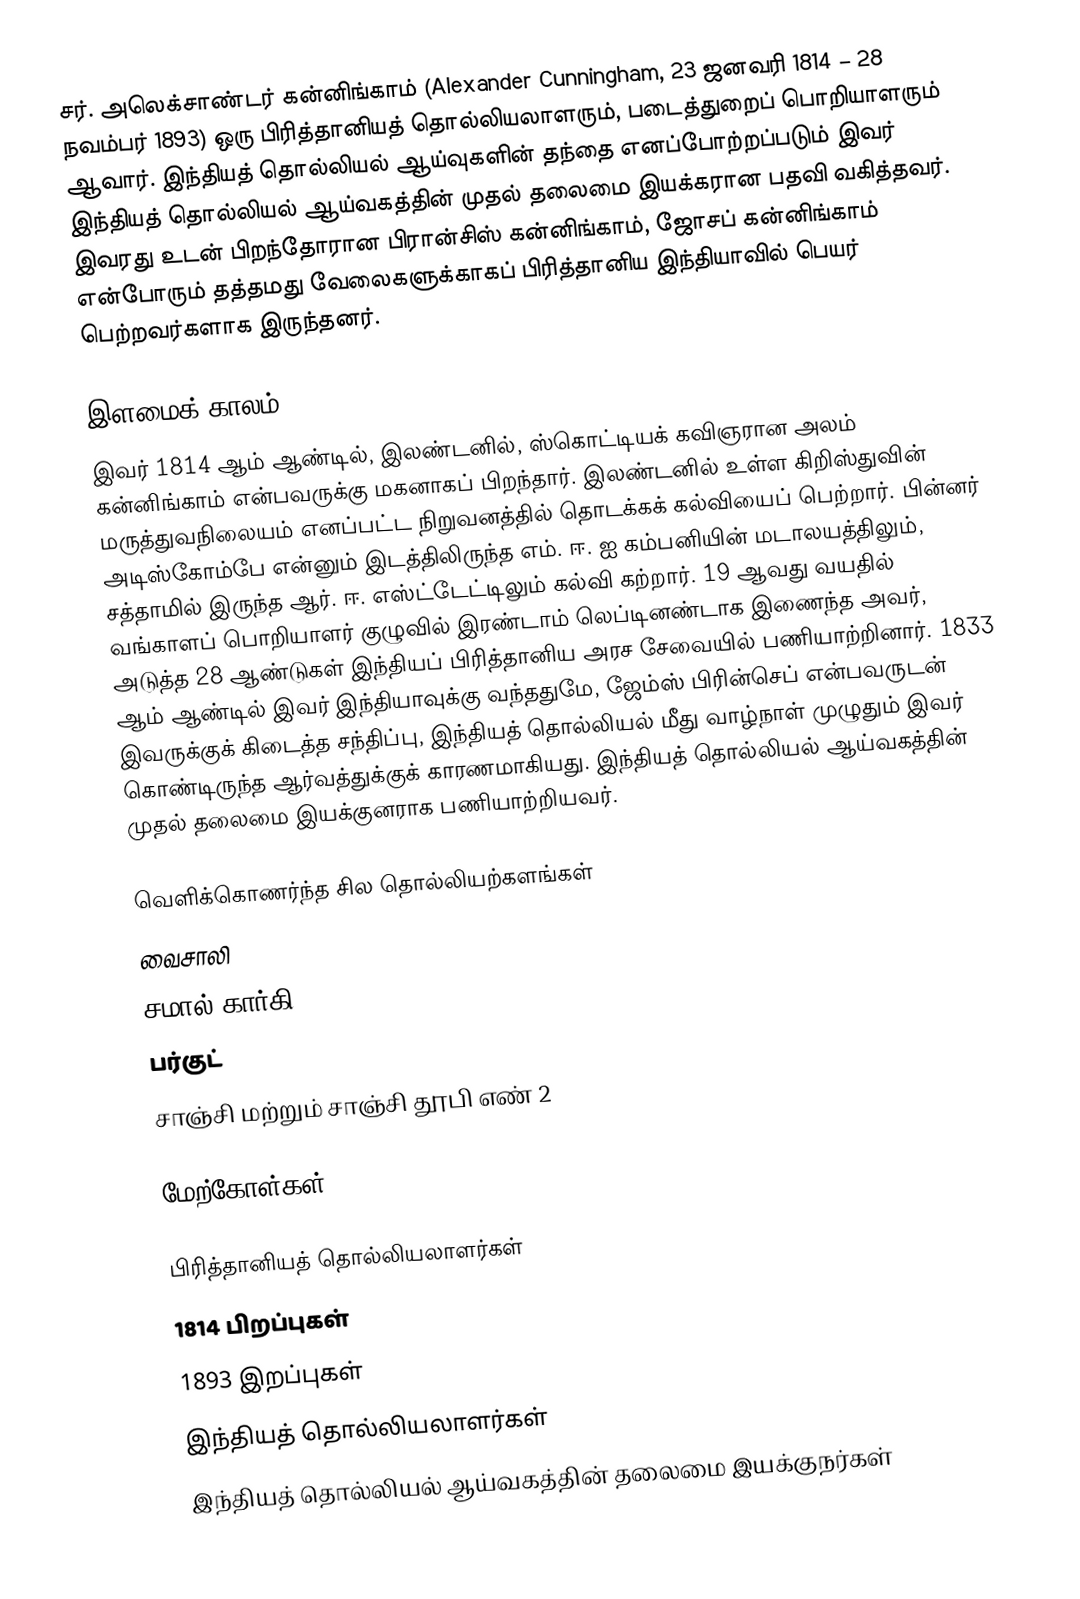
சர். அலெக்சாண்டர் கன்னிங்காம் (Alexander Cunningham, 23 ஜனவரி 1814 – 28 நவம்பர் 1893) ஒரு பிரித்தானியத் தொல்லியலாளரும், படைத்துறைப் பொறியாளரும் ஆவார். இந்தியத் தொல்லியல் ஆய்வுகளின் தந்தை எனப்போற்றப்படும் இவர் இந்தியத் தொல்லியல் ஆய்வகத்தின் முதல் தலைமை இயக்கரான பதவி வகித்தவர்.  இவரது உடன் பிறந்தோரான பிரான்சிஸ் கன்னிங்காம், ஜோசப் கன்னிங்காம் என்போரும் தத்தமது வேலைகளுக்காகப் பிரித்தானிய இந்தியாவில் பெயர் பெற்றவர்களாக இருந்தனர்.

இளமைக் காலம்
இவர் 1814 ஆம் ஆண்டில், இலண்டனில், ஸ்கொட்டியக் கவிஞரான அலம் கன்னிங்காம் என்பவருக்கு மகனாகப் பிறந்தார். இலண்டனில் உள்ள கிறிஸ்துவின் மருத்துவநிலையம் எனப்பட்ட நிறுவனத்தில் தொடக்கக் கல்வியைப் பெற்றார். பின்னர் அடிஸ்கோம்பே என்னும் இடத்திலிருந்த எம். ஈ. ஐ கம்பனியின் மடாலயத்திலும், சத்தாமில் இருந்த ஆர். ஈ. எஸ்ட்டேட்டிலும் கல்வி கற்றார். 19 ஆவது வயதில் வங்காளப் பொறியாளர் குழுவில் இரண்டாம் லெப்டினண்டாக இணைந்த அவர், அடுத்த 28 ஆண்டுகள் இந்தியப் பிரித்தானிய அரச சேவையில் பணியாற்றினார். 1833 ஆம் ஆண்டில் இவர் இந்தியாவுக்கு வந்ததுமே, ஜேம்ஸ் பிரின்செப் என்பவருடன் இவருக்குக் கிடைத்த சந்திப்பு, இந்தியத் தொல்லியல் மீது வாழ்நாள் முழுதும் இவர் கொண்டிருந்த ஆர்வத்துக்குக் காரணமாகியது. இந்தியத் தொல்லியல் ஆய்வகத்தின் முதல் தலைமை இயக்குனராக பணியாற்றியவர்.

வெளிக்கொணர்ந்த சில தொல்லியற்களங்கள்
 வைசாலி
 சமால் கார்கி
 பர்குட்
 சாஞ்சி மற்றும் சாஞ்சி தூபி எண் 2

மேற்கோள்கள்

பிரித்தானியத் தொல்லியலாளர்கள்
1814 பிறப்புகள்
1893 இறப்புகள்
இந்தியத் தொல்லியலாளர்கள்
இந்தியத் தொல்லியல் ஆய்வகத்தின் தலைமை இயக்குநர்கள்